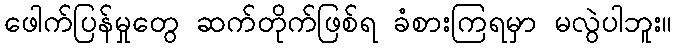
ဖေါက်ပြန်မှုတွေ ဆက်တိုက်ဖြစ်ရ ခံစားကြရမှာ မလွဲပါဘူး။